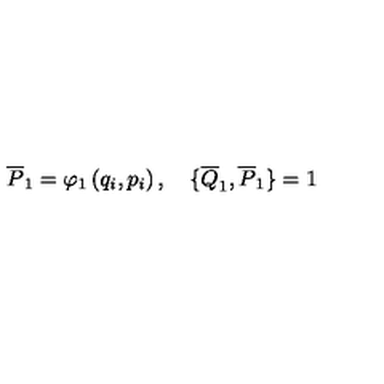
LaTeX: \overline { { P } } _ { 1 } = \varphi _ { 1 } \left( q _ { i } , p _ { i } \right) , \quad \{ \overline { { Q } } _ { 1 } , \overline { { P } } _ { 1 } \} = 1